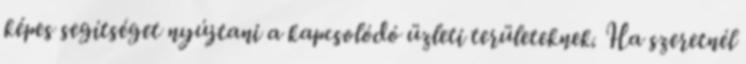
képes segítséget nyújtani a kapcsolódó üzleti területeknek. Ha szeretnél